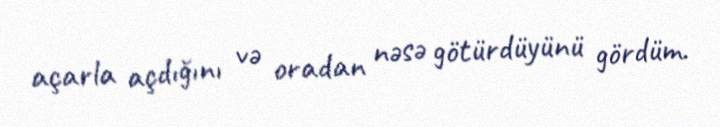
açarla açdığını və oradan nəsə götürdüyünü gördüm.